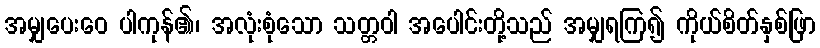
အမျှပေးဝေ ပါကုန်၏၊ အလုံးစုံသော သတ္တဝါ အပေါင်းတို့သည် အမျှရကြ၍ ကိုယ်စိတ်နှစ်ဖြာ